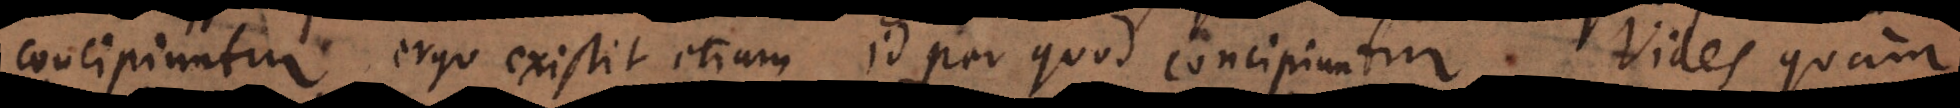
concipiuntur, ergo existit etiam id per quod concipiuntur. Vides quam